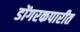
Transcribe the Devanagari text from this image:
डोंगरकपारीत